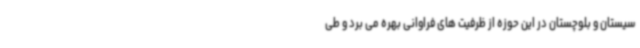
سیستان و بلوچستان در این حوزه از ظرفیت های فراوانی بهره می برد و طی